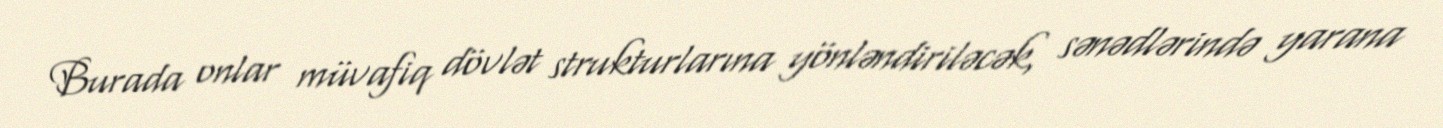
Burada onlar müvafiq dövlət strukturlarına yönləndiriləcək, sənədlərində yarana